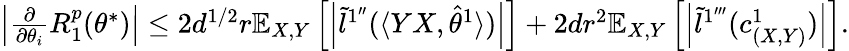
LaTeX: \begin{array}{r}{\left|\frac{\partial}{\partial\theta_{i}}R_{1}^{p}(\theta^{*})\right|\leq 2d^{1/2}r\mathbb{E}_{X,Y}\left[\left|\tilde{l}^{1^{\prime\prime}}(\langle YX,\hat{\theta}^{1}\rangle)\right|\right]+2dr^{2}\mathbb{E}_{X,Y}\left[\left|\tilde{l}^{1^{\prime\prime\prime}}(c_{(X,Y)}^{1})\right|\right].}\end{array}